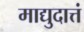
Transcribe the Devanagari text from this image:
माद्युदात्तं